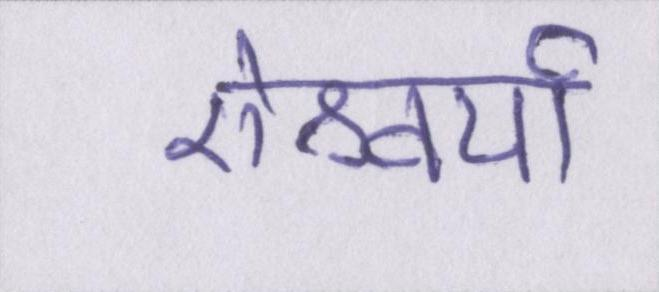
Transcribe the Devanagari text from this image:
ऐश्वर्या